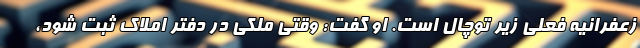
زعفرانیه فعلی زیر توچال است. او گفت: وقتی ملکی در دفتر املاک ثبت شود،